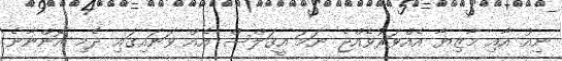
ނިއު އާއި މާޒިޔާ އެއްވަރުވެއްޖެ ނަމަ އީގަލްސް އެއް ވަނައިގައި ދެމި އޮންނާނެ